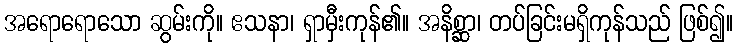
အရောရောသော ဆွမ်းကို။ ဧသနာ၊ ရှာမှီးကုန်၏။ အနိစ္ဆာ၊ တပ်ခြင်းမရှိကုန်သည် ဖြစ်၍။